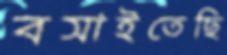
বসাইতেছি